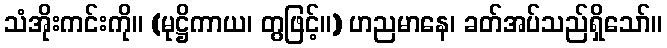
သံအိုးကင်းကို။ (မုဋ္ဌိကာယ၊ တွဖြင့်။) ဟညမာနေ၊ ခတ်အပ်သည်ရှိသော်။